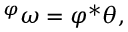
{ } ^ { \varphi } \omega = \varphi ^ { * } \theta ,